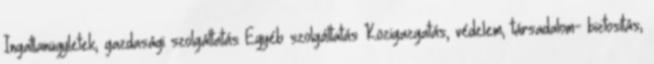
Ingatlanügyletek, gazdasági szolgáltatás Egyéb szolgáltatás Közigazgatás, védelem, társadalom- biztosítás,